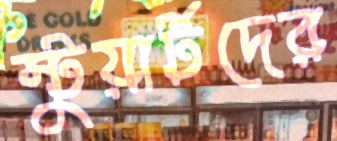
স্টুয়ার্টদের